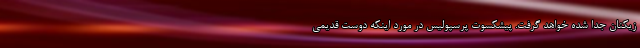
زیکنان جدا شده خواهد گرفت. پیشکسوت پرسپولیس در مورد اینکه دوست قدیمی